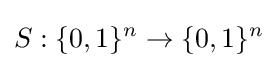
S:\{0,1\}^{n}\rightarrow \{0,1\}^{n}